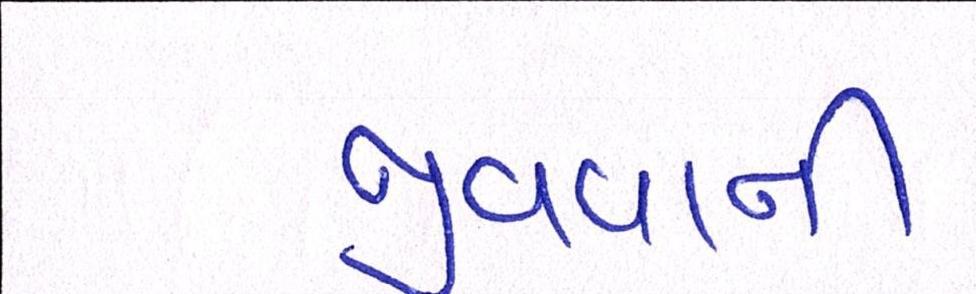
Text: જીવવાની